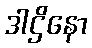
ဒါဌိနော